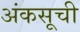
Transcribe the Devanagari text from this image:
अंकसूची